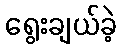
ရွေးချယ်ခဲ့